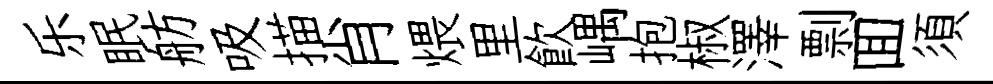
乐眠舫吸描肖煨里飮嵎抱椒澤剽囬須